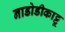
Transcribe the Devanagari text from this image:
नाडोडीकाट्टू